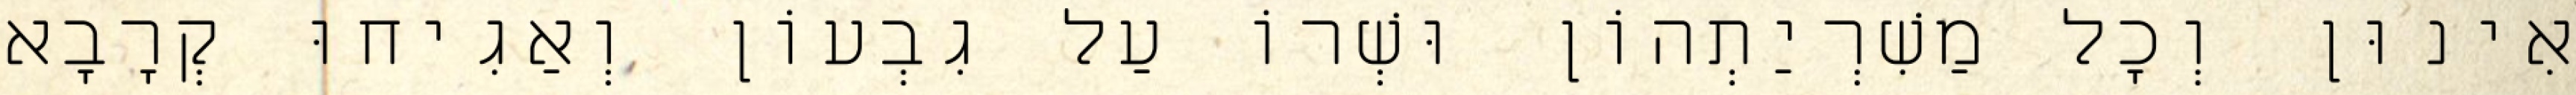
אִינוּן וְכָל מַשִׁרְיַתְהוֹן וּשְׁרוֹ עַל גִבְעוֹן וְאַגִיחוּ קְרָבָא